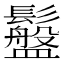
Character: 䰔